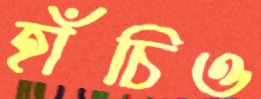
হাঁচিও